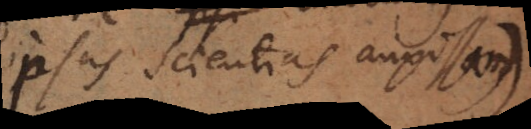
ipsas scientias auxissem)